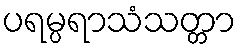
ပရမ္ပရာသံသတ္တာ